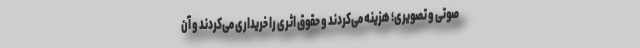
صوتی و تصویری؛ هزینه می‌کردند و حقوق اثری را خریداری می‌کردند و آن